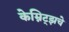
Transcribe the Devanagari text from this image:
केम्निट्झचे